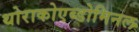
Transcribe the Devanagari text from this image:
थोराकोएब्डोमिनल